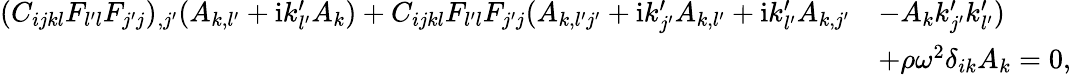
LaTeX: \begin{array}{rl}{(C_{ijkl}F_{l^{\prime}l}F_{j^{\prime}j})_{,j^{\prime}}(A_{k,l^{\prime}}+\mathrm{i}k_{l^{\prime}}^{\prime}A_{k})+C_{ijkl}F_{l^{\prime}l}F_{j^{\prime}j}(A_{k,l^{\prime}j^{\prime}}+\mathrm{i}k_{j^{\prime}}^{\prime}A_{k,l^{\prime}}+\mathrm{i}k_{l^{\prime}}^{\prime}A_{k,j^{\prime}}}&{-A_{k}k_{j^{\prime}}^{\prime}k_{l^{\prime}}^{\prime})}\\ &{+\rho\omega^{2}\delta_{ik}A_{k}=0,}\end{array}